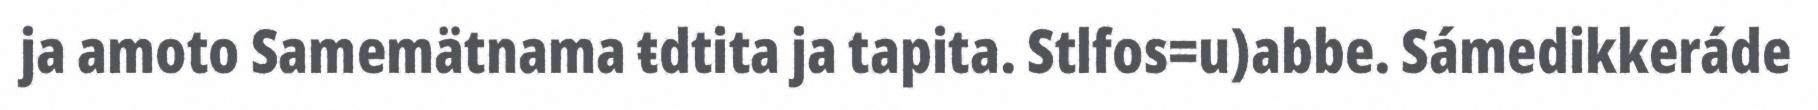
ja amoto Samemätnama ŧdtita ja tapita. Stlfos=u)abbe. Sámedikkeráde